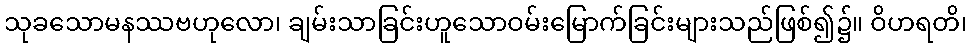
သုခသောမနဿဗဟုလော၊ ချမ်းသာခြင်းဟူသောဝမ်းမြောက်ခြင်းများသည်ဖြစ်၍၌။ ဝိဟရတိ၊